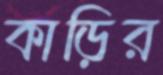
কাড়ির